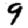
Digit: 9